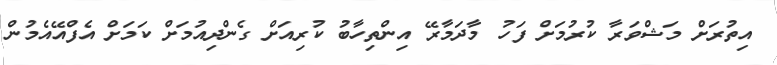
އިތުރަށް މަޝްވަރާ ކުރުމަށް ފަހު މާދަމާރޭ އިންތިހާބު ކުރިއަށް ގެންދިއުމަށް ކަމަށް އެފްއޭއެމުން